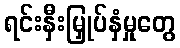
ရင်းနှီးမြှုပ်နှံမှုတွေ